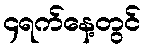
၄ရက်နေ့တွင်